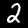
Label: 2